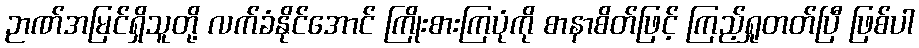
ဉာဏ်အမြင်ရှိသူတို့ လက်ခံနိုင်အောင် ကြိုးစားကြပုံကို စာနာစိတ်ဖြင့် ကြည့်ရှုတတ်ပြီ ဖြစ်ပါ